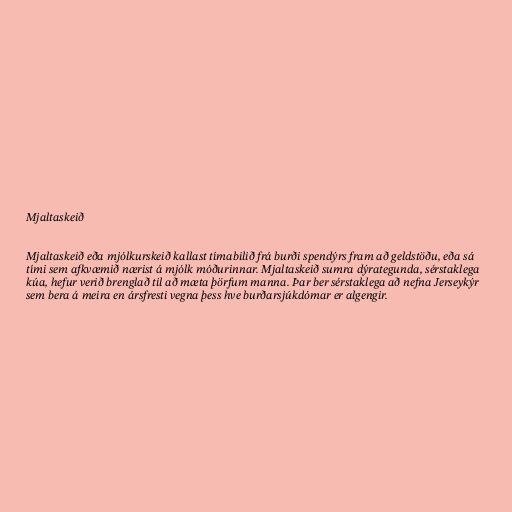
Mjaltaskeið

Mjaltaskeið eða mjólkurskeið kallast tímabilið frá burði spendýrs fram að geldstöðu, eða sá
tími sem afkvæmið nærist á mjólk móðurinnar. Mjaltaskeið sumra dýrategunda, sérstaklega
kúa, hefur verið brenglað til að mæta þörfum manna. Þar ber sérstaklega að nefna Jerseykýr
sem bera á meira en ársfresti vegna þess hve burðarsjúkdómar er algengir.